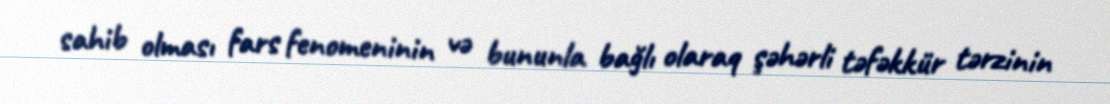
sahib olması fars fenomeninin və bununla bağlı olaraq şəhərli təfəkkür tərzinin